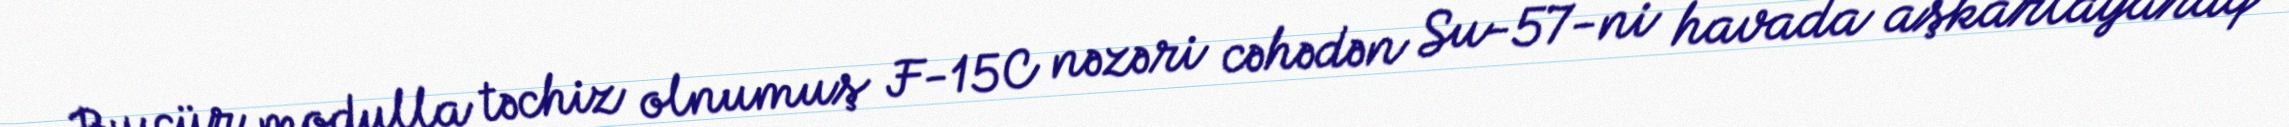
Bu cür modulla təchiz olnumuş F-15C nəzəri cəhədən Su-57-ni havada aşkarlayaraq